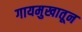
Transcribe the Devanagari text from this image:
गायमुखातून